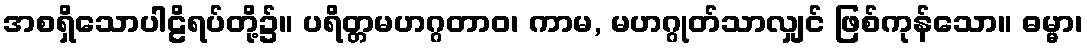
အစရှိသောပါဠိရပ်တို့၌။ ပရိတ္တမဟဂ္ဂတာဝ၊ ကာမ, မဟဂ္ဂုတ်သာလျှင် ဖြစ်ကုန်သော။ ဓမ္မာ၊